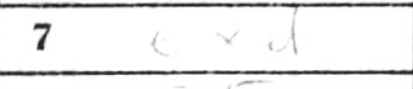
Transcription: exd